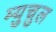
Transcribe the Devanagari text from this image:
म्युचुल